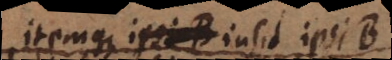
itemque insit ipsi B,